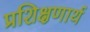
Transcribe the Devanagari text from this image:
प्रशिक्षणार्थ